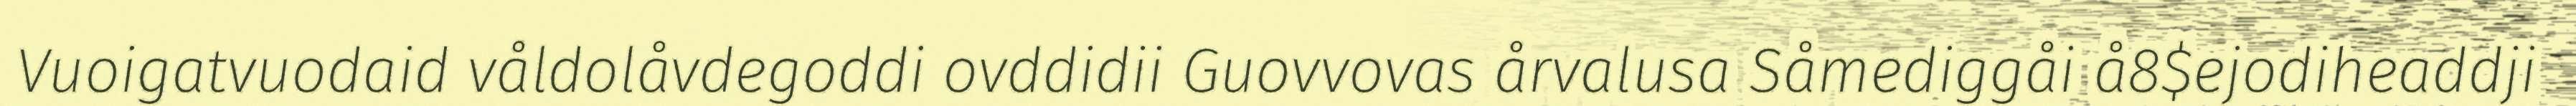
Vuoigatvuodaid våldolåvdegoddi ovddidii Guovvovas årvalusa Såmediggåi å8$ejodiheaddji